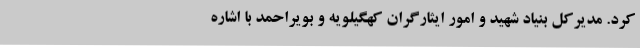
کرد. مدیرکل بنیاد شهید و امور ایثارگران کهگیلویه و بویراحمد با اشاره